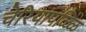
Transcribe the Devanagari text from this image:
चेरियापळ्ळि